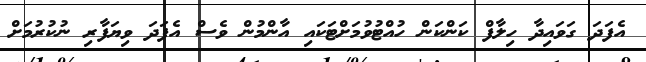
އެފަދަ ގަވައިދާ ހިލާފް ކަންކަން ހުއްޓުވުމަށްޓަކައި އާންމުން ވެސް އެފަދަ ވިޔަފާރި ނުކުރުމަށް